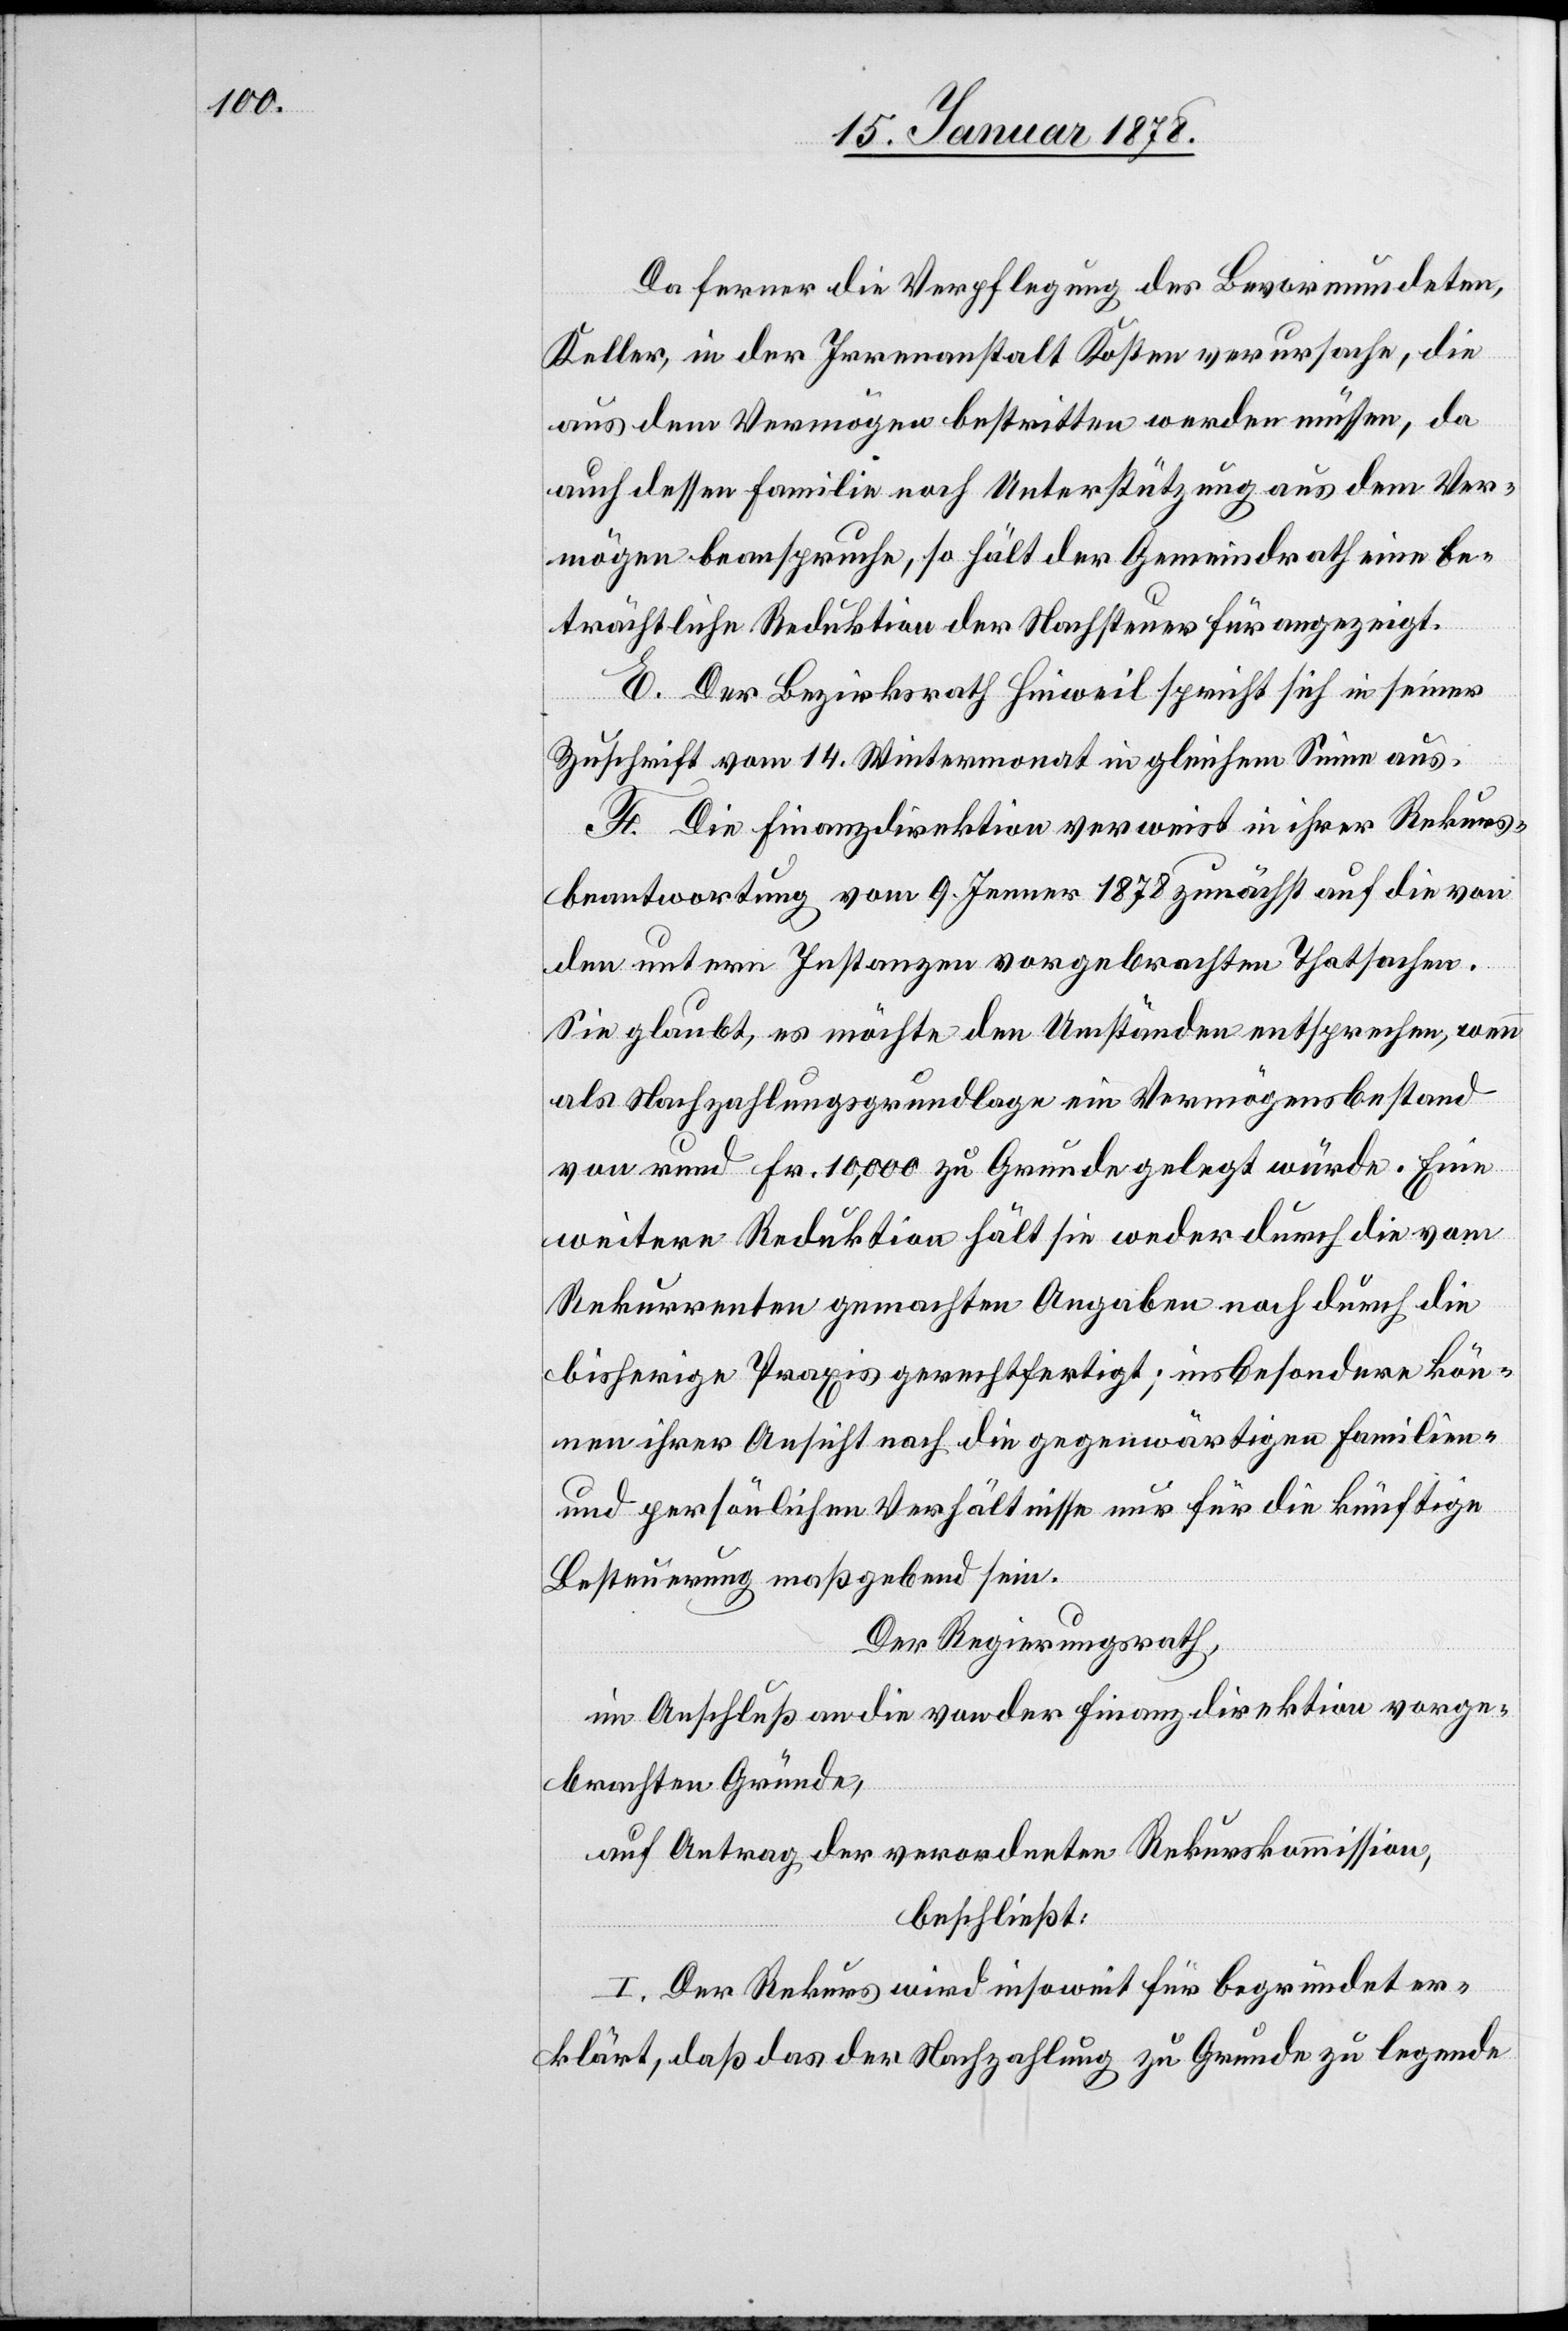
Da ferner die Verpflegung des Bevormundeten,
Keller, in der Irrenanstalt Kosten verursache, die
aus dem Vermögen bestritten werden müssen, da
auch dessen Familie noch Unterstüzung aus dem Ver¬
mögen beanspruche, so hält der Gemeindrath eine be¬
trächtliche Reduktion der Nachsteuer für anzeigt.
E. Der Bezirksrath Hinweil spricht sich in seiner
Zuschrift vom 14. Wintermonat in gleichem Sinn aus.
F. Die Finanzdirektion verweist in ihrer Rekurs¬
beantwortung vom 9. Jenner 1878 zunächst auf die von
den untern Instanzen vorgebrachten Thatsachen.
Sie glaubt, es möchte den Umständen entsprechen, wenn
als Nachzahlungsgrundlage ein Vermögensbestand
von rund Fr. 10,000 zu Grunde gelegt würde. Eine
weitere Reduktion hält sie weder durch die vom
Rekurrenten gemachten Angaben noch durch die
bisherige Praxis gerechtfertigt; insbesondere kön¬
nen ihrer Ansicht nach die gegenwärtigen Familien-
und persönlichen Verhältnisse nur für die künftige
Besteuerung maßgebend sein.
Der Regierungsrath,
im Anschluß an die von der Finanzdirektion vorge¬
brachten Gründe,
auf Antrag der verordneten Rekurskommission,
beschließt:
I. Der Rekurs wird insoweit für begründet er¬
klärt, daß das der Nachzahlung zu Grunde zu legende